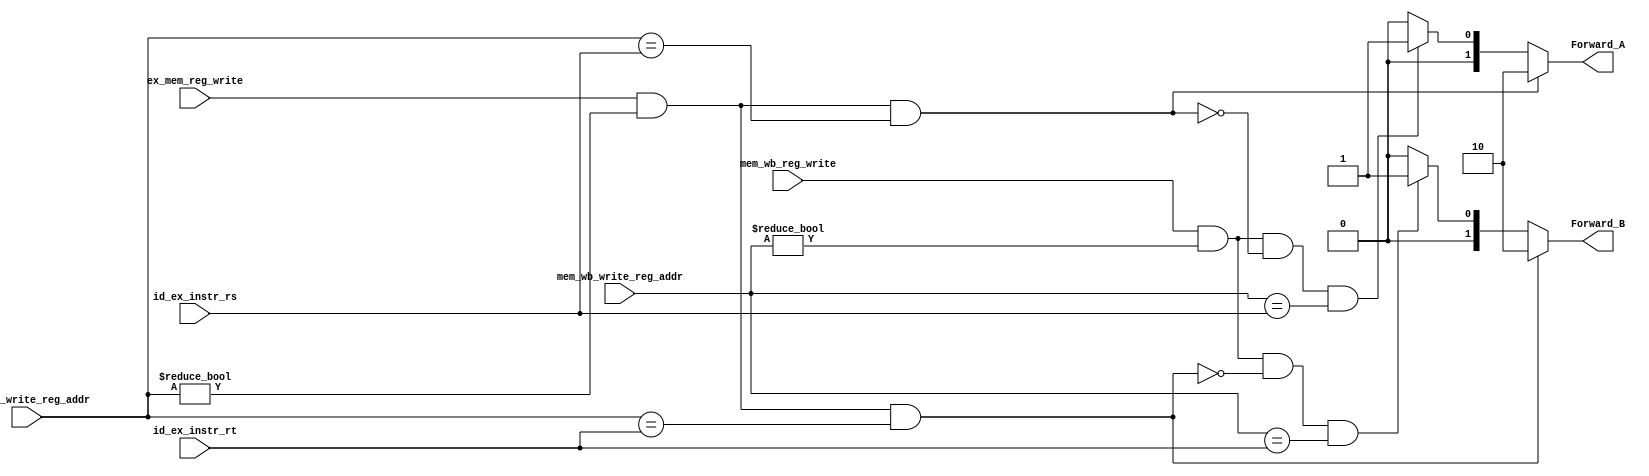
`timescale 1ns / 1ps
//////////////////////////////////////////////////////////////////////////////////
// Company: 
// 
// Design Name: 
// Module Name: Forwarding_unit
// Project Name: 
// Target Devices: 
// Tool Versions: 
// Description: 
// 
// Dependencies: 
// 
// Revision:
// Revision 0.01 - File Created
// Additional Comments:
// 
//////////////////////////////////////////////////////////////////////////////////

module EX_Forwarding_unit(
    input ex_mem_reg_write,
    input [4:0] ex_mem_write_reg_addr,
    input [4:0] id_ex_instr_rs,
    input [4:0] id_ex_instr_rt,
    input mem_wb_reg_write,
    input [4:0] mem_wb_write_reg_addr,
    output reg [1:0] Forward_A,
    output reg [1:0] Forward_B
    );

    always @(*)  
    begin
	// Write your code here that calculates the values of Forward_A and Forward_B
	Forward_A = 2'b00;
	Forward_B = 2'b00;
	
	//use else-if so that forwards don't replace one another
    //prioritize which instruction to forward (1st one is highest priority)
	if (( ex_mem_reg_write == 1'b1) & ( ex_mem_write_reg_addr != 5'b0 ) & ( ex_mem_write_reg_addr == id_ex_instr_rs) )
	   Forward_A = 2'b10;
	else if (( mem_wb_reg_write == 1'b1) 
	   & ( mem_wb_write_reg_addr != 5'b0 ) 
	   & ~(( ex_mem_reg_write == 1'b1) & ( ex_mem_write_reg_addr != 5'b0 ) & ( ex_mem_write_reg_addr == id_ex_instr_rs) )  
	   & ( mem_wb_write_reg_addr == id_ex_instr_rs) )
	   Forward_A = 2'b01; 
	
	if (( ex_mem_reg_write == 1'b1) & ( ex_mem_write_reg_addr != 5'b0 ) & ( ex_mem_write_reg_addr == id_ex_instr_rt) )
	   Forward_B = 2'b10;
	else if (( mem_wb_reg_write == 1'b1) 
	   & ( mem_wb_write_reg_addr != 5'b0 ) 
	   & ~(( ex_mem_reg_write == 1'b1) & ( ex_mem_write_reg_addr != 5'b0 ) & ( ex_mem_write_reg_addr == id_ex_instr_rt) )  
	   & ( mem_wb_write_reg_addr == id_ex_instr_rt) )
	   Forward_B = 2'b01; 
	
    end 

endmodule